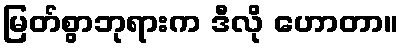
မြတ်စွာဘုရားက ဒီလို ဟောတာ။